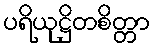
ပရိယုဋ္ဌိတစိတ္တာ